Document type: Sale
Year: 1235
Scribe: Pere de Bages
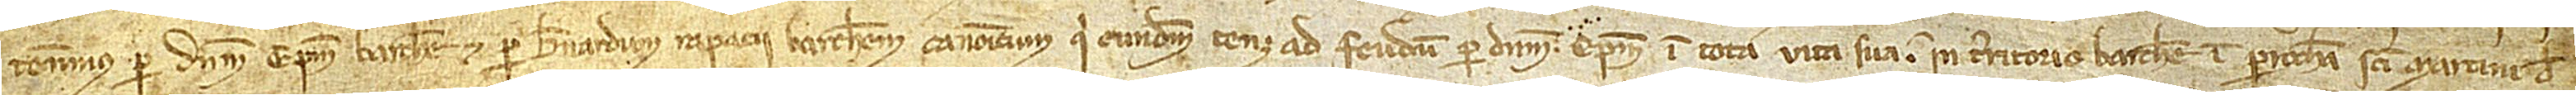
tenemus per dominum episcopum Barchinone et per Bernardum Rapacii, Barchinonensem canonicum, qui eundem tenet ad feudum per dictum episcopum in tota vita sua, in territorio Barchinone, in parrochia Sancti Martini de